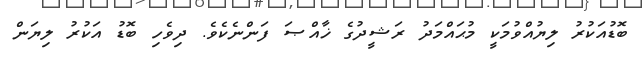
ބޮޑުއަކުރު ލިޔުއްވުމަކީ މުޙައްމަދު ރަޝީދުގެ ޚާއްޞަ ފަންނެކެވެ. ދިވެހި ބޮޑު އަކުރު ލިޔަން